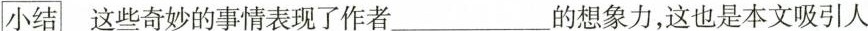
\square {小结}这些奇妙的事情表现了作者___的想象力，这也是本文吸引人